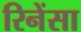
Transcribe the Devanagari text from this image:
रिनेंसा